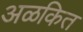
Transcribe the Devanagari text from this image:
अळकित